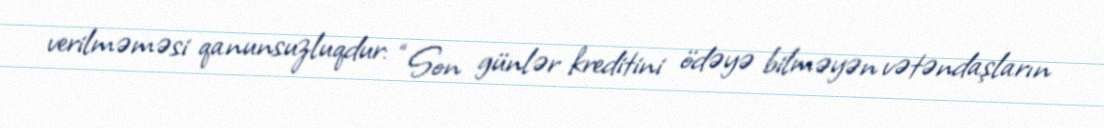
verilməməsi qanunsuzluqdur: “Son günlər kreditini ödəyə bilməyən vətəndaşların